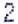
2